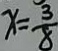
x = \frac { 3 } { 8 }